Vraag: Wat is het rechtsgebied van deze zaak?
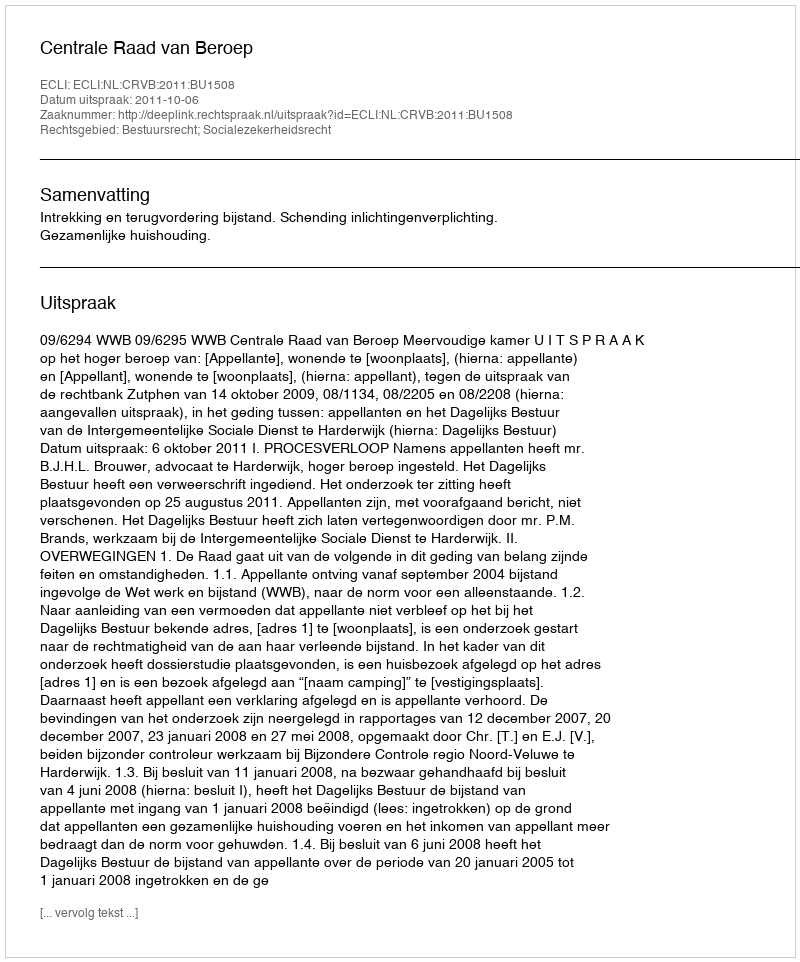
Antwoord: Bestuursrecht; Socialezekerheidsrecht